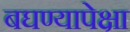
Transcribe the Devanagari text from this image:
बघण्यापेक्षा